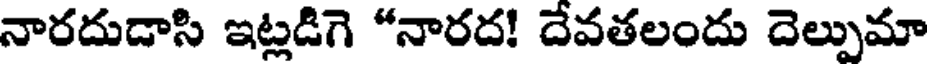
నారదుడాసి ఇట్లడిగె "నారద! దేవతలందు దెల్పుమా